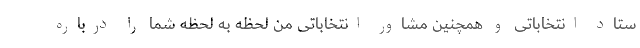
ستاد انتخاباتی و همچنین مشاور انتخاباتی من لحظه به لحظه شما را درباره